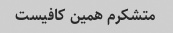
متشکرم همین کافیست